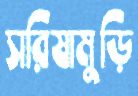
সরিষামুড়ি